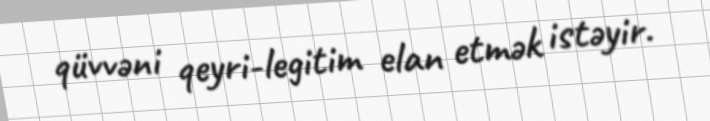
qüvvəni qeyri-legitim elan etmək istəyir.